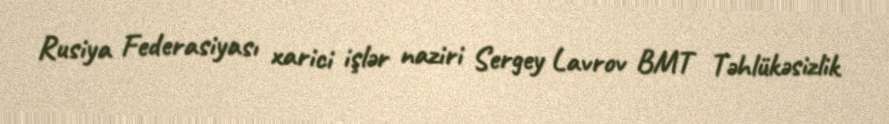
Rusiya Federasiyası xarici işlər naziri Sergey Lavrov BMT Təhlükəsizlik